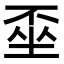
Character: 𡍂